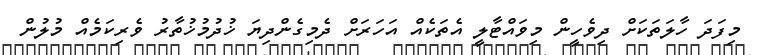
މިފަދަ ހާލަތަކަށް ދިވެހީން މިވައްޓާލީ އެތަކެއް އަހަރަށް ދެމިގެންދިޔަ ޚުދުމުޚުތާރު ވެރިކަމެއް މުލުން